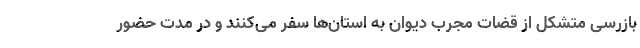
بازرسی متشکل از قضات مجرب دیوان به استان‌ها سفر می‌کنند و در مدت حضور